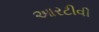
આરટીવી